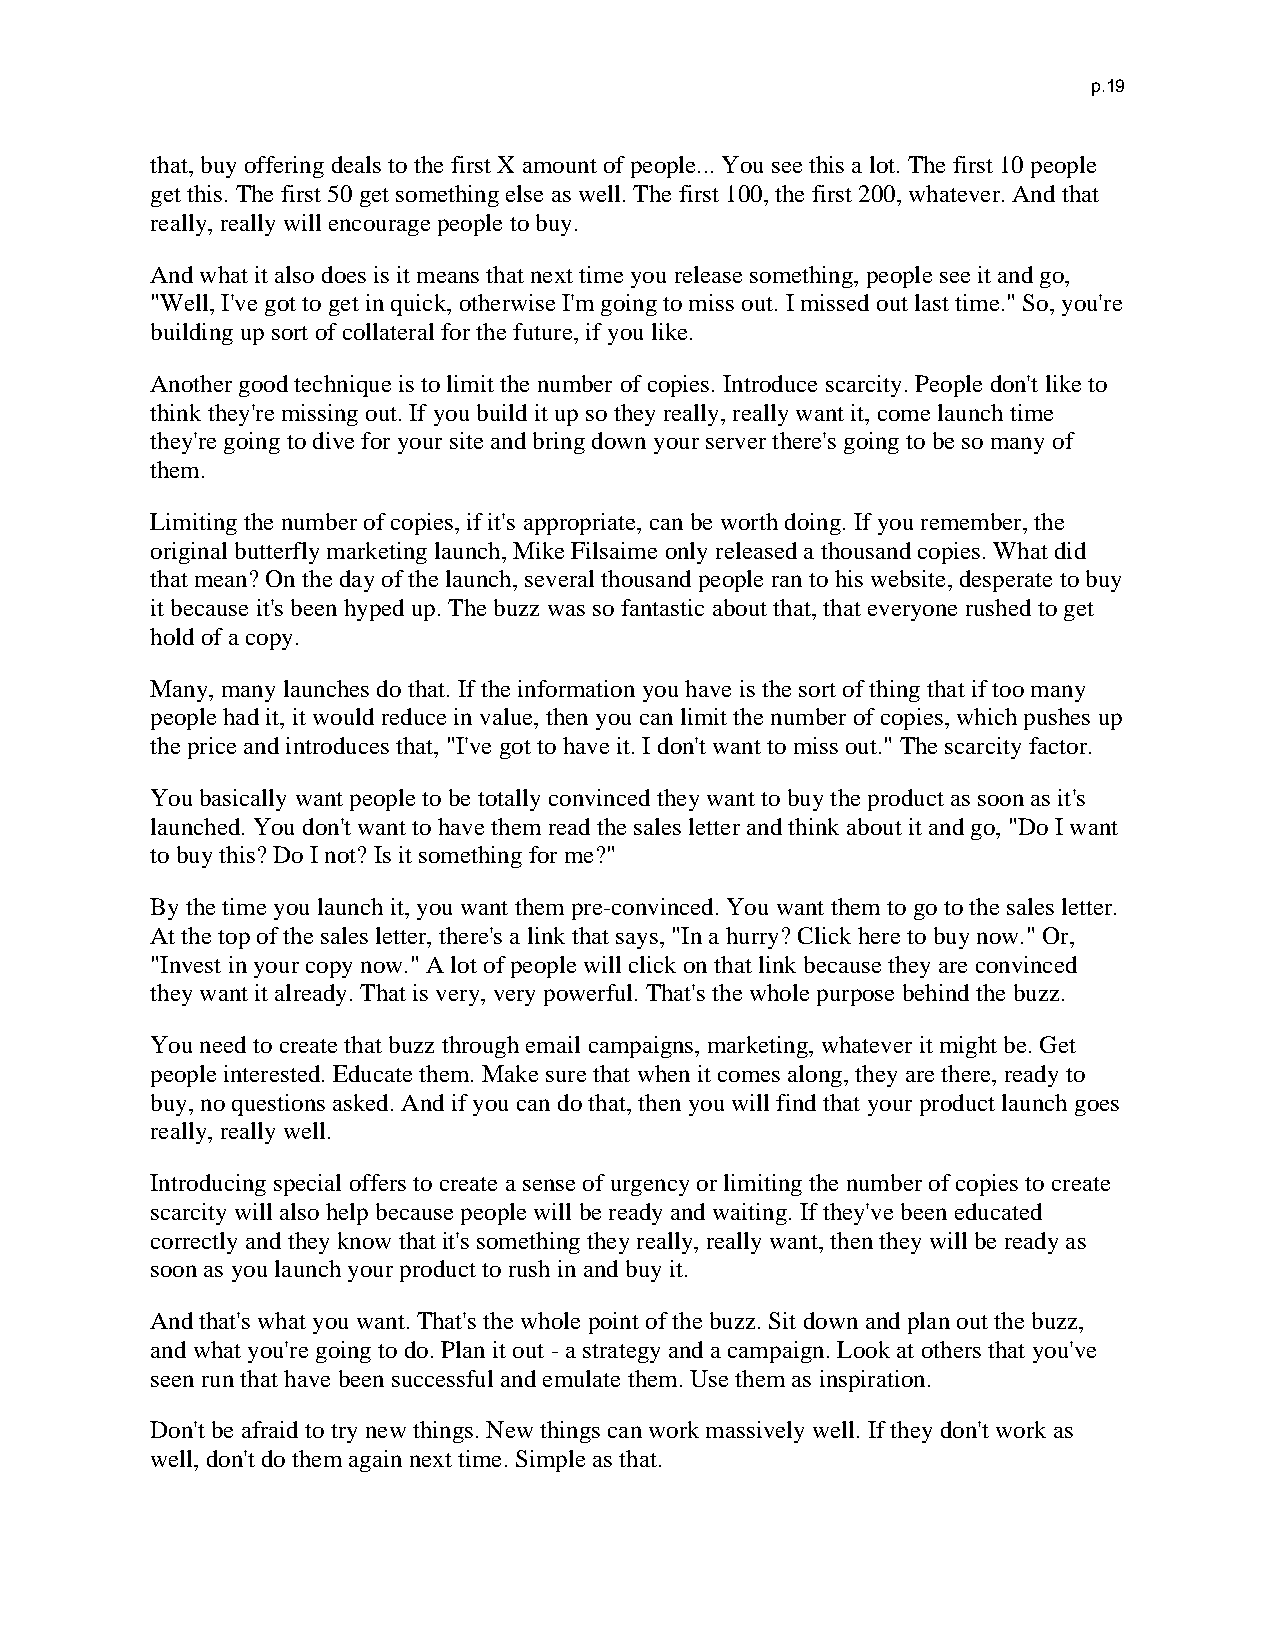
p.19
 that, buy offering deals to the first X amount of people... You see this a lot. The first 10 people
 get this. The first 50 get something else as well. The first 100, the first 200, whatever. And that
 really, really will encourage people to buy.
 And what it also does is it means that next time you release something, people see it and go,
 "Well, I've got to get in quick, otherwise I'm going to miss out. I missed out last time." So, you're
 building up sort of collateral for the future, if you like.
 Another good technique is to limit the number of copies. Introduce scarcity. People don't like to
 think they're missing out. If you build it up so they really, really want it, come launch time
 they're going to dive for your site and bring down your server there's going to be so many of
 them.
 Limiting the number of copies, if it's appropriate, can be worth doing. If you remember, the
 original butterfly marketing launch, Mike Filsaime only released a thousand copies. What did
 that mean? On the day of the launch, several thousand people ran to his website, desperate to buy
 it because it's been hyped up. The buzz was so fantastic about that, that everyone rushed to get
 hold of a copy.
 Many, many launches do that. If the information you have is the sort of thing that if too many
 people had it, it would reduce in value, then you can limit the number of copies, which pushes up
 the price and introduces that, "I've got to have it. I don't want to miss out." The scarcity factor.
 You basically want people to be totally convinced they want to buy the product as soon as it's
 launched. You don't want to have them read the sales letter and think about it and go, "Do I want
 to buy this? Do I not? Is it something for me?"
 By the time you launch it, you want them pre-convinced. You want them to go to the sales letter.
 At the top of the sales letter, there's a link that says, "In a hurry? Click here to buy now." Or,
 "Invest in your copy now." A lot of people will click on that link because they are convinced
 they want it already. That is very, very powerful. That's the whole purpose behind the buzz.
 You need to create that buzz through email campaigns, marketing, whatever it might be. Get
 people interested. Educate them. Make sure that when it comes along, they are there, ready to
 buy, no questions asked. And if you can do that, then you will find that your product launch goes
 really, really well.
 Introducing special offers to create a sense of urgency or limiting the number of copies to create
 scarcity will also help because people will be ready and waiting. If they've been educated
 correctly and they know that it's something they really, really want, then they will be ready as
 soon as you launch your product to rush in and buy it.
 And that's what you want. That's the whole point of the buzz. Sit down and plan out the buzz,
 and what you're going to do. Plan it out - a strategy and a campaign. Look at others that you've
 seen run that have been successful and emulate them. Use them as inspiration.
 Don't be afraid to try new things. New things can work massively well. If they don't work as
 well, don't do them again next time. Simple as that.